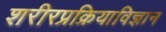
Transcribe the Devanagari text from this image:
शरीरप्रक्रियाविज्ञान